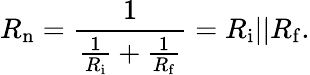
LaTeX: R_{\mathrm{n}}={\frac{1}{{\frac{1}{R_{\mathrm{i}}}}+{\frac{1}{R_{\mathrm{f}}}}}}=R_{\mathrm{i}}||R_{\mathrm{f}}.